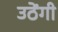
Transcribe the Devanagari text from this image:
उठेंगी